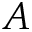
A